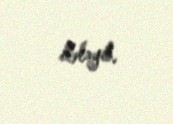
itələyib.